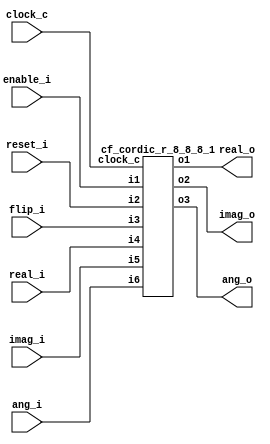
//
//  Copyright (c) 2003 Launchbird Design Systems, Inc.
//  All rights reserved.
//  
//  Redistribution and use in source and binary forms, with or without modification, are permitted provided that the following conditions are met:
//    Redistributions of source code must retain the above copyright notice, this list of conditions and the following disclaimer.
//    Redistributions in binary form must reproduce the above copyright notice, this list of conditions and the following disclaimer in the documentation and/or other materials provided with the distribution.
//  
//  THIS SOFTWARE IS PROVIDED BY THE COPYRIGHT HOLDERS AND CONTRIBUTORS "AS IS" AND ANY EXPRESS OR IMPLIED WARRANTIES,
//  INCLUDING, BUT NOT LIMITED TO, THE IMPLIED WARRANTIES OF MERCHANTABILITY AND FITNESS FOR A PARTICULAR PURPOSE ARE DISCLAIMED.
//  IN NO EVENT SHALL THE COPYRIGHT OWNER OR CONTRIBUTORS BE LIABLE FOR ANY DIRECT, INDIRECT, INCIDENTAL, SPECIAL, EXEMPLARY,
//  OR CONSEQUENTIAL DAMAGES (INCLUDING, BUT NOT LIMITED TO, PROCUREMENT OF SUBSTITUTE GOODS OR SERVICES; LOSS OF USE, DATA, OR PROFITS;
//  OR BUSINESS INTERRUPTION) HOWEVER CAUSED AND ON ANY THEORY OF LIABILITY, WHETHER IN CONTRACT, STRICT LIABILITY, OR TORT
//  (INCLUDING NEGLIGENCE OR OTHERWISE) ARISING IN ANY WAY OUT OF THE USE OF THIS SOFTWARE, EVEN IF ADVISED OF THE POSSIBILITY OF SUCH DAMAGE.
//  
//  
//  Overview:
//  
//    Cordics (COordinate Rotation DIgital Computers) are used to calculate
//    trigonometric functions and complex plane phase rotations.
//    This rotation mode cordic rotates a complex vector by the initial angle.
//    If the rotation will transition through +-PI/2 then the "flip_i" control
//    input must be set.
//  
//  Interface:
//  
//    Synchronization:
//      clock_c  : Clock input.
//      enable_i : Synchronous enable.
//      reset_i  : Synchronous reset.
//  
//    Inputs:
//      flip_i   : Set to perform initial rotation if rotation will transition through +-PI/2
//      real_i   : Initial real component (signed).
//      imag_i   : Initial imaginary component (signed).
//      angle_i  : Initial angle (modulo 2PI).
//  
//    Outputs:
//      real_o   : Resulting real component (signed).
//      imag_o   : Resulting imaginary component (signed).
//      angle_o  : Resulting angle (modulo 2PI).
//  
//  Built In Parameters:
//  
//    Cordic Mode    = Rotation
//    Vector Width   = 8
//    Angle Width    = 8
//    Cordic Stages  = 8
//  
//  Resulting Pipeline Latency is 10 clock cycles.
//  
//  
//  
//  Generated by Confluence 0.6.3  --  Launchbird Design Systems, Inc.  --  www.launchbird.com
//  
//  Build Date : Fri Aug 22 09:44:17 CDT 2003
//  
//  Interface
//  
//    Build Name    : cf_cordic_r_8_8_8
//    Clock Domains : clock_c  
//    Vector Input  : enable_i(1)
//    Vector Input  : reset_i(1)
//    Vector Input  : flip_i(1)
//    Vector Input  : real_i(8)
//    Vector Input  : imag_i(8)
//    Vector Input  : ang_i(8)
//    Vector Output : real_o(8)
//    Vector Output : imag_o(8)
//    Vector Output : ang_o(8)
//  
//  
//  

`timescale 1 ns / 1 ns

module cf_cordic_r_8_8_8 (clock_c, enable_i, reset_i, flip_i, real_i, imag_i, ang_i, real_o, imag_o, ang_o);
input  clock_c;
input  enable_i;
input  reset_i;
input  flip_i;
input  [7:0] real_i;
input  [7:0] imag_i;
input  [7:0] ang_i;
output [7:0] real_o;
output [7:0] imag_o;
output [7:0] ang_o;
wire   [7:0] n1;
wire   [7:0] n2;
wire   [7:0] n3;
cf_cordic_r_8_8_8_1 s1 (clock_c, enable_i, reset_i, flip_i, real_i, imag_i, ang_i, n1, n2, n3);
assign real_o = n1;
assign imag_o = n2;
assign ang_o = n3;
endmodule

module cf_cordic_r_8_8_8_1 (clock_c, i1, i2, i3, i4, i5, i6, o1, o2, o3);
input  clock_c;
input  i1;
input  i2;
input  i3;
input  [7:0] i4;
input  [7:0] i5;
input  [7:0] i6;
output [7:0] o1;
output [7:0] o2;
output [7:0] o3;
reg    n1;
reg    [7:0] n2;
reg    [7:0] n3;
reg    [7:0] n4;
wire   [7:0] s5_1;
wire   [7:0] s5_2;
wire   [7:0] s5_3;
wire   [7:0] s6_1;
wire   [7:0] s6_2;
wire   [7:0] s6_3;
initial n1 = 1'b0;
always @ (posedge clock_c)
  if (i2 == 1'b1)
    n1 <= 1'b0;
  else if (i1 == 1'b1)
    n1 <= i3;
initial n2 = 8'b00000000;
always @ (posedge clock_c)
  if (i2 == 1'b1)
    n2 <= 8'b00000000;
  else if (i1 == 1'b1)
    n2 <= i4;
initial n3 = 8'b00000000;
always @ (posedge clock_c)
  if (i2 == 1'b1)
    n3 <= 8'b00000000;
  else if (i1 == 1'b1)
    n3 <= i5;
initial n4 = 8'b00000000;
always @ (posedge clock_c)
  if (i2 == 1'b1)
    n4 <= 8'b00000000;
  else if (i1 == 1'b1)
    n4 <= i6;
cf_cordic_r_8_8_8_14 s5 (clock_c, i1, i2, n1, n2, n3, n4, s5_1, s5_2, s5_3);
cf_cordic_r_8_8_8_2 s6 (clock_c, i1, i2, s5_1, s5_2, s5_3, s6_1, s6_2, s6_3);
assign o3 = s6_3;
assign o2 = s6_2;
assign o1 = s6_1;
endmodule

module cf_cordic_r_8_8_8_2 (clock_c, i1, i2, i3, i4, i5, o1, o2, o3);
input  clock_c;
input  i1;
input  i2;
input  [7:0] i3;
input  [7:0] i4;
input  [7:0] i5;
output [7:0] o1;
output [7:0] o2;
output [7:0] o3;
wire   [7:0] s1_1;
wire   [7:0] s1_2;
wire   [7:0] s1_3;
wire   [7:0] s2_1;
wire   [7:0] s2_2;
wire   [7:0] s2_3;
wire   [7:0] s3_1;
wire   [7:0] s3_2;
wire   [7:0] s3_3;
wire   [7:0] s4_1;
wire   [7:0] s4_2;
wire   [7:0] s4_3;
wire   [7:0] s5_1;
wire   [7:0] s5_2;
wire   [7:0] s5_3;
wire   [7:0] s6_1;
wire   [7:0] s6_2;
wire   [7:0] s6_3;
wire   [7:0] s7_1;
wire   [7:0] s7_2;
wire   [7:0] s7_3;
wire   [7:0] s8_1;
wire   [7:0] s8_2;
wire   [7:0] s8_3;
cf_cordic_r_8_8_8_11 s1 (clock_c, i1, i2, s3_1, s3_2, s3_3, s1_1, s1_2, s1_3);
cf_cordic_r_8_8_8_9 s2 (clock_c, i1, i2, s1_1, s1_2, s1_3, s2_1, s2_2, s2_3);
cf_cordic_r_8_8_8_8 s3 (clock_c, i1, i2, s4_1, s4_2, s4_3, s3_1, s3_2, s3_3);
cf_cordic_r_8_8_8_7 s4 (clock_c, i1, i2, s5_1, s5_2, s5_3, s4_1, s4_2, s4_3);
cf_cordic_r_8_8_8_6 s5 (clock_c, i1, i2, s6_1, s6_2, s6_3, s5_1, s5_2, s5_3);
cf_cordic_r_8_8_8_5 s6 (clock_c, i1, i2, s7_1, s7_2, s7_3, s6_1, s6_2, s6_3);
cf_cordic_r_8_8_8_4 s7 (clock_c, i1, i2, s8_1, s8_2, s8_3, s7_1, s7_2, s7_3);
cf_cordic_r_8_8_8_3 s8 (clock_c, i1, i2, i3, i4, i5, s8_1, s8_2, s8_3);
assign o3 = s2_3;
assign o2 = s2_2;
assign o1 = s2_1;
endmodule

module cf_cordic_r_8_8_8_3 (clock_c, i1, i2, i3, i4, i5, o1, o2, o3);
input  clock_c;
input  i1;
input  i2;
input  [7:0] i3;
input  [7:0] i4;
input  [7:0] i5;
output [7:0] o1;
output [7:0] o2;
output [7:0] o3;
wire   [7:0] n1;
wire   [7:0] n2;
wire   [7:0] n3;
wire   [7:0] n4;
reg    [7:0] n5;
wire   n6;
wire   [7:0] n7;
wire   [7:0] n8;
wire   [7:0] n9;
wire   [7:0] n10;
reg    [7:0] n11;
wire   [7:0] n12;
wire   [7:0] n13;
wire   [7:0] n14;
wire   [7:0] n15;
reg    [7:0] n16;
wire   s17_1;
assign n1 = {i4[7],
  i4[6],
  i4[5],
  i4[4],
  i4[3],
  i4[2],
  i4[1],
  i4[0]};
assign n2 = i3 + n1;
assign n3 = i3 - n1;
assign n4 = s17_1 ? n2 : n3;
initial n5 = 8'b00000000;
always @ (posedge clock_c)
  if (i2 == 1'b1)
    n5 <= 8'b00000000;
  else if (i1 == 1'b1)
    n5 <= n4;
assign n6 = ~s17_1;
assign n7 = {i3[7],
  i3[6],
  i3[5],
  i3[4],
  i3[3],
  i3[2],
  i3[1],
  i3[0]};
assign n8 = i4 + n7;
assign n9 = i4 - n7;
assign n10 = n6 ? n8 : n9;
initial n11 = 8'b00000000;
always @ (posedge clock_c)
  if (i2 == 1'b1)
    n11 <= 8'b00000000;
  else if (i1 == 1'b1)
    n11 <= n10;
assign n12 = 8'b00100000;
assign n13 = i5 + n12;
assign n14 = i5 - n12;
assign n15 = s17_1 ? n13 : n14;
initial n16 = 8'b00000000;
always @ (posedge clock_c)
  if (i2 == 1'b1)
    n16 <= 8'b00000000;
  else if (i1 == 1'b1)
    n16 <= n15;
cf_cordic_r_8_8_8_12 s17 (i5, s17_1);
assign o3 = n16;
assign o2 = n11;
assign o1 = n5;
endmodule

module cf_cordic_r_8_8_8_4 (clock_c, i1, i2, i3, i4, i5, o1, o2, o3);
input  clock_c;
input  i1;
input  i2;
input  [7:0] i3;
input  [7:0] i4;
input  [7:0] i5;
output [7:0] o1;
output [7:0] o2;
output [7:0] o3;
wire   n1;
wire   [6:0] n2;
wire   [7:0] n3;
wire   [7:0] n4;
wire   [7:0] n5;
wire   [7:0] n6;
reg    [7:0] n7;
wire   n8;
wire   n9;
wire   [6:0] n10;
wire   [7:0] n11;
wire   [7:0] n12;
wire   [7:0] n13;
wire   [7:0] n14;
reg    [7:0] n15;
wire   [7:0] n16;
wire   [7:0] n17;
wire   [7:0] n18;
wire   [7:0] n19;
reg    [7:0] n20;
wire   s21_1;
assign n1 = i4[7];
assign n2 = {i4[7],
  i4[6],
  i4[5],
  i4[4],
  i4[3],
  i4[2],
  i4[1]};
assign n3 = {n1, n2};
assign n4 = i3 + n3;
assign n5 = i3 - n3;
assign n6 = s21_1 ? n4 : n5;
initial n7 = 8'b00000000;
always @ (posedge clock_c)
  if (i2 == 1'b1)
    n7 <= 8'b00000000;
  else if (i1 == 1'b1)
    n7 <= n6;
assign n8 = ~s21_1;
assign n9 = i3[7];
assign n10 = {i3[7],
  i3[6],
  i3[5],
  i3[4],
  i3[3],
  i3[2],
  i3[1]};
assign n11 = {n9, n10};
assign n12 = i4 + n11;
assign n13 = i4 - n11;
assign n14 = n8 ? n12 : n13;
initial n15 = 8'b00000000;
always @ (posedge clock_c)
  if (i2 == 1'b1)
    n15 <= 8'b00000000;
  else if (i1 == 1'b1)
    n15 <= n14;
assign n16 = 8'b00010011;
assign n17 = i5 + n16;
assign n18 = i5 - n16;
assign n19 = s21_1 ? n17 : n18;
initial n20 = 8'b00000000;
always @ (posedge clock_c)
  if (i2 == 1'b1)
    n20 <= 8'b00000000;
  else if (i1 == 1'b1)
    n20 <= n19;
cf_cordic_r_8_8_8_12 s21 (i5, s21_1);
assign o3 = n20;
assign o2 = n15;
assign o1 = n7;
endmodule

module cf_cordic_r_8_8_8_5 (clock_c, i1, i2, i3, i4, i5, o1, o2, o3);
input  clock_c;
input  i1;
input  i2;
input  [7:0] i3;
input  [7:0] i4;
input  [7:0] i5;
output [7:0] o1;
output [7:0] o2;
output [7:0] o3;
wire   n1;
wire   [1:0] n2;
wire   [5:0] n3;
wire   [7:0] n4;
wire   [7:0] n5;
wire   [7:0] n6;
wire   [7:0] n7;
reg    [7:0] n8;
wire   n9;
wire   n10;
wire   [1:0] n11;
wire   [5:0] n12;
wire   [7:0] n13;
wire   [7:0] n14;
wire   [7:0] n15;
wire   [7:0] n16;
reg    [7:0] n17;
wire   [7:0] n18;
wire   [7:0] n19;
wire   [7:0] n20;
wire   [7:0] n21;
reg    [7:0] n22;
wire   s23_1;
assign n1 = i4[7];
assign n2 = {n1, n1};
assign n3 = {i4[7],
  i4[6],
  i4[5],
  i4[4],
  i4[3],
  i4[2]};
assign n4 = {n2, n3};
assign n5 = i3 + n4;
assign n6 = i3 - n4;
assign n7 = s23_1 ? n5 : n6;
initial n8 = 8'b00000000;
always @ (posedge clock_c)
  if (i2 == 1'b1)
    n8 <= 8'b00000000;
  else if (i1 == 1'b1)
    n8 <= n7;
assign n9 = ~s23_1;
assign n10 = i3[7];
assign n11 = {n10, n10};
assign n12 = {i3[7],
  i3[6],
  i3[5],
  i3[4],
  i3[3],
  i3[2]};
assign n13 = {n11, n12};
assign n14 = i4 + n13;
assign n15 = i4 - n13;
assign n16 = n9 ? n14 : n15;
initial n17 = 8'b00000000;
always @ (posedge clock_c)
  if (i2 == 1'b1)
    n17 <= 8'b00000000;
  else if (i1 == 1'b1)
    n17 <= n16;
assign n18 = 8'b00001010;
assign n19 = i5 + n18;
assign n20 = i5 - n18;
assign n21 = s23_1 ? n19 : n20;
initial n22 = 8'b00000000;
always @ (posedge clock_c)
  if (i2 == 1'b1)
    n22 <= 8'b00000000;
  else if (i1 == 1'b1)
    n22 <= n21;
cf_cordic_r_8_8_8_12 s23 (i5, s23_1);
assign o3 = n22;
assign o2 = n17;
assign o1 = n8;
endmodule

module cf_cordic_r_8_8_8_6 (clock_c, i1, i2, i3, i4, i5, o1, o2, o3);
input  clock_c;
input  i1;
input  i2;
input  [7:0] i3;
input  [7:0] i4;
input  [7:0] i5;
output [7:0] o1;
output [7:0] o2;
output [7:0] o3;
wire   n1;
wire   [1:0] n2;
wire   [2:0] n3;
wire   [4:0] n4;
wire   [7:0] n5;
wire   [7:0] n6;
wire   [7:0] n7;
wire   [7:0] n8;
reg    [7:0] n9;
wire   n10;
wire   n11;
wire   [1:0] n12;
wire   [2:0] n13;
wire   [4:0] n14;
wire   [7:0] n15;
wire   [7:0] n16;
wire   [7:0] n17;
wire   [7:0] n18;
reg    [7:0] n19;
wire   [7:0] n20;
wire   [7:0] n21;
wire   [7:0] n22;
wire   [7:0] n23;
reg    [7:0] n24;
wire   s25_1;
assign n1 = i4[7];
assign n2 = {n1, n1};
assign n3 = {n1, n2};
assign n4 = {i4[7],
  i4[6],
  i4[5],
  i4[4],
  i4[3]};
assign n5 = {n3, n4};
assign n6 = i3 + n5;
assign n7 = i3 - n5;
assign n8 = s25_1 ? n6 : n7;
initial n9 = 8'b00000000;
always @ (posedge clock_c)
  if (i2 == 1'b1)
    n9 <= 8'b00000000;
  else if (i1 == 1'b1)
    n9 <= n8;
assign n10 = ~s25_1;
assign n11 = i3[7];
assign n12 = {n11, n11};
assign n13 = {n11, n12};
assign n14 = {i3[7],
  i3[6],
  i3[5],
  i3[4],
  i3[3]};
assign n15 = {n13, n14};
assign n16 = i4 + n15;
assign n17 = i4 - n15;
assign n18 = n10 ? n16 : n17;
initial n19 = 8'b00000000;
always @ (posedge clock_c)
  if (i2 == 1'b1)
    n19 <= 8'b00000000;
  else if (i1 == 1'b1)
    n19 <= n18;
assign n20 = 8'b00000101;
assign n21 = i5 + n20;
assign n22 = i5 - n20;
assign n23 = s25_1 ? n21 : n22;
initial n24 = 8'b00000000;
always @ (posedge clock_c)
  if (i2 == 1'b1)
    n24 <= 8'b00000000;
  else if (i1 == 1'b1)
    n24 <= n23;
cf_cordic_r_8_8_8_12 s25 (i5, s25_1);
assign o3 = n24;
assign o2 = n19;
assign o1 = n9;
endmodule

module cf_cordic_r_8_8_8_7 (clock_c, i1, i2, i3, i4, i5, o1, o2, o3);
input  clock_c;
input  i1;
input  i2;
input  [7:0] i3;
input  [7:0] i4;
input  [7:0] i5;
output [7:0] o1;
output [7:0] o2;
output [7:0] o3;
wire   n1;
wire   [1:0] n2;
wire   [2:0] n3;
wire   [3:0] n4;
wire   [3:0] n5;
wire   [7:0] n6;
wire   [7:0] n7;
wire   [7:0] n8;
wire   [7:0] n9;
reg    [7:0] n10;
wire   n11;
wire   n12;
wire   [1:0] n13;
wire   [2:0] n14;
wire   [3:0] n15;
wire   [3:0] n16;
wire   [7:0] n17;
wire   [7:0] n18;
wire   [7:0] n19;
wire   [7:0] n20;
reg    [7:0] n21;
wire   [7:0] n22;
wire   [7:0] n23;
wire   [7:0] n24;
wire   [7:0] n25;
reg    [7:0] n26;
wire   s27_1;
assign n1 = i4[7];
assign n2 = {n1, n1};
assign n3 = {n1, n2};
assign n4 = {n1, n3};
assign n5 = {i4[7],
  i4[6],
  i4[5],
  i4[4]};
assign n6 = {n4, n5};
assign n7 = i3 + n6;
assign n8 = i3 - n6;
assign n9 = s27_1 ? n7 : n8;
initial n10 = 8'b00000000;
always @ (posedge clock_c)
  if (i2 == 1'b1)
    n10 <= 8'b00000000;
  else if (i1 == 1'b1)
    n10 <= n9;
assign n11 = ~s27_1;
assign n12 = i3[7];
assign n13 = {n12, n12};
assign n14 = {n12, n13};
assign n15 = {n12, n14};
assign n16 = {i3[7],
  i3[6],
  i3[5],
  i3[4]};
assign n17 = {n15, n16};
assign n18 = i4 + n17;
assign n19 = i4 - n17;
assign n20 = n11 ? n18 : n19;
initial n21 = 8'b00000000;
always @ (posedge clock_c)
  if (i2 == 1'b1)
    n21 <= 8'b00000000;
  else if (i1 == 1'b1)
    n21 <= n20;
assign n22 = 8'b00000011;
assign n23 = i5 + n22;
assign n24 = i5 - n22;
assign n25 = s27_1 ? n23 : n24;
initial n26 = 8'b00000000;
always @ (posedge clock_c)
  if (i2 == 1'b1)
    n26 <= 8'b00000000;
  else if (i1 == 1'b1)
    n26 <= n25;
cf_cordic_r_8_8_8_12 s27 (i5, s27_1);
assign o3 = n26;
assign o2 = n21;
assign o1 = n10;
endmodule

module cf_cordic_r_8_8_8_8 (clock_c, i1, i2, i3, i4, i5, o1, o2, o3);
input  clock_c;
input  i1;
input  i2;
input  [7:0] i3;
input  [7:0] i4;
input  [7:0] i5;
output [7:0] o1;
output [7:0] o2;
output [7:0] o3;
wire   n1;
wire   [1:0] n2;
wire   [2:0] n3;
wire   [3:0] n4;
wire   [4:0] n5;
wire   [2:0] n6;
wire   [7:0] n7;
wire   [7:0] n8;
wire   [7:0] n9;
wire   [7:0] n10;
reg    [7:0] n11;
wire   n12;
wire   n13;
wire   [1:0] n14;
wire   [2:0] n15;
wire   [3:0] n16;
wire   [4:0] n17;
wire   [2:0] n18;
wire   [7:0] n19;
wire   [7:0] n20;
wire   [7:0] n21;
wire   [7:0] n22;
reg    [7:0] n23;
wire   [7:0] n24;
wire   [7:0] n25;
wire   [7:0] n26;
wire   [7:0] n27;
reg    [7:0] n28;
wire   s29_1;
assign n1 = i4[7];
assign n2 = {n1, n1};
assign n3 = {n1, n2};
assign n4 = {n1, n3};
assign n5 = {n1, n4};
assign n6 = {i4[7],
  i4[6],
  i4[5]};
assign n7 = {n5, n6};
assign n8 = i3 + n7;
assign n9 = i3 - n7;
assign n10 = s29_1 ? n8 : n9;
initial n11 = 8'b00000000;
always @ (posedge clock_c)
  if (i2 == 1'b1)
    n11 <= 8'b00000000;
  else if (i1 == 1'b1)
    n11 <= n10;
assign n12 = ~s29_1;
assign n13 = i3[7];
assign n14 = {n13, n13};
assign n15 = {n13, n14};
assign n16 = {n13, n15};
assign n17 = {n13, n16};
assign n18 = {i3[7],
  i3[6],
  i3[5]};
assign n19 = {n17, n18};
assign n20 = i4 + n19;
assign n21 = i4 - n19;
assign n22 = n12 ? n20 : n21;
initial n23 = 8'b00000000;
always @ (posedge clock_c)
  if (i2 == 1'b1)
    n23 <= 8'b00000000;
  else if (i1 == 1'b1)
    n23 <= n22;
assign n24 = 8'b00000001;
assign n25 = i5 + n24;
assign n26 = i5 - n24;
assign n27 = s29_1 ? n25 : n26;
initial n28 = 8'b00000000;
always @ (posedge clock_c)
  if (i2 == 1'b1)
    n28 <= 8'b00000000;
  else if (i1 == 1'b1)
    n28 <= n27;
cf_cordic_r_8_8_8_12 s29 (i5, s29_1);
assign o3 = n28;
assign o2 = n23;
assign o1 = n11;
endmodule

module cf_cordic_r_8_8_8_9 (clock_c, i1, i2, i3, i4, i5, o1, o2, o3);
input  clock_c;
input  i1;
input  i2;
input  [7:0] i3;
input  [7:0] i4;
input  [7:0] i5;
output [7:0] o1;
output [7:0] o2;
output [7:0] o3;
wire   [7:0] n1;
wire   [7:0] n2;
wire   [7:0] n3;
reg    [7:0] n4;
wire   n5;
wire   [7:0] n6;
wire   [7:0] n7;
wire   [7:0] n8;
reg    [7:0] n9;
wire   [7:0] n10;
wire   [7:0] n11;
wire   [7:0] n12;
wire   [7:0] n13;
reg    [7:0] n14;
wire   s15_1;
wire   [7:0] s16_1;
wire   [7:0] s17_1;
assign n1 = i3 + s17_1;
assign n2 = i3 - s17_1;
assign n3 = s15_1 ? n1 : n2;
initial n4 = 8'b00000000;
always @ (posedge clock_c)
  if (i2 == 1'b1)
    n4 <= 8'b00000000;
  else if (i1 == 1'b1)
    n4 <= n3;
assign n5 = ~s15_1;
assign n6 = i4 + s16_1;
assign n7 = i4 - s16_1;
assign n8 = n5 ? n6 : n7;
initial n9 = 8'b00000000;
always @ (posedge clock_c)
  if (i2 == 1'b1)
    n9 <= 8'b00000000;
  else if (i1 == 1'b1)
    n9 <= n8;
assign n10 = 8'b00000000;
assign n11 = i5 + n10;
assign n12 = i5 - n10;
assign n13 = s15_1 ? n11 : n12;
initial n14 = 8'b00000000;
always @ (posedge clock_c)
  if (i2 == 1'b1)
    n14 <= 8'b00000000;
  else if (i1 == 1'b1)
    n14 <= n13;
cf_cordic_r_8_8_8_12 s15 (i5, s15_1);
cf_cordic_r_8_8_8_10 s16 (i3, s16_1);
cf_cordic_r_8_8_8_10 s17 (i4, s17_1);
assign o3 = n14;
assign o2 = n9;
assign o1 = n4;
endmodule

module cf_cordic_r_8_8_8_10 (i1, o1);
input  [7:0] i1;
output [7:0] o1;
wire   n1;
wire   [1:0] n2;
wire   [2:0] n3;
wire   [3:0] n4;
wire   [4:0] n5;
wire   [5:0] n6;
wire   [6:0] n7;
wire   n8;
wire   [7:0] n9;
assign n1 = i1[7];
assign n2 = {n1, n1};
assign n3 = {n1, n2};
assign n4 = {n1, n3};
assign n5 = {n1, n4};
assign n6 = {n1, n5};
assign n7 = {n1, n6};
assign n8 = i1[7];
assign n9 = {n7, n8};
assign o1 = n9;
endmodule

module cf_cordic_r_8_8_8_11 (clock_c, i1, i2, i3, i4, i5, o1, o2, o3);
input  clock_c;
input  i1;
input  i2;
input  [7:0] i3;
input  [7:0] i4;
input  [7:0] i5;
output [7:0] o1;
output [7:0] o2;
output [7:0] o3;
wire   [7:0] n1;
wire   [7:0] n2;
wire   [7:0] n3;
reg    [7:0] n4;
wire   n5;
wire   [7:0] n6;
wire   [7:0] n7;
wire   [7:0] n8;
reg    [7:0] n9;
wire   [7:0] n10;
wire   [7:0] n11;
wire   [7:0] n12;
wire   [7:0] n13;
reg    [7:0] n14;
wire   [7:0] s15_1;
wire   [7:0] s16_1;
wire   s17_1;
assign n1 = i3 + s16_1;
assign n2 = i3 - s16_1;
assign n3 = s17_1 ? n1 : n2;
initial n4 = 8'b00000000;
always @ (posedge clock_c)
  if (i2 == 1'b1)
    n4 <= 8'b00000000;
  else if (i1 == 1'b1)
    n4 <= n3;
assign n5 = ~s17_1;
assign n6 = i4 + s15_1;
assign n7 = i4 - s15_1;
assign n8 = n5 ? n6 : n7;
initial n9 = 8'b00000000;
always @ (posedge clock_c)
  if (i2 == 1'b1)
    n9 <= 8'b00000000;
  else if (i1 == 1'b1)
    n9 <= n8;
assign n10 = 8'b00000001;
assign n11 = i5 + n10;
assign n12 = i5 - n10;
assign n13 = s17_1 ? n11 : n12;
initial n14 = 8'b00000000;
always @ (posedge clock_c)
  if (i2 == 1'b1)
    n14 <= 8'b00000000;
  else if (i1 == 1'b1)
    n14 <= n13;
cf_cordic_r_8_8_8_13 s15 (i3, s15_1);
cf_cordic_r_8_8_8_13 s16 (i4, s16_1);
cf_cordic_r_8_8_8_12 s17 (i5, s17_1);
assign o3 = n14;
assign o2 = n9;
assign o1 = n4;
endmodule

module cf_cordic_r_8_8_8_12 (i1, o1);
input  [7:0] i1;
output o1;
wire   n1;
wire   n2;
wire   [6:0] n3;
wire   [7:0] n4;
wire   n5;
wire   [8:0] n6;
wire   [8:0] n7;
wire   n8;
wire   [8:0] n9;
assign n1 = i1[7];
assign n2 = ~n1;
assign n3 = {i1[6],
  i1[5],
  i1[4],
  i1[3],
  i1[2],
  i1[1],
  i1[0]};
assign n4 = {n2, n3};
assign n5 = 1'b0;
assign n6 = {n5, n4};
assign n7 = n6 - n9;
assign n8 = n7[8];
assign n9 = 9'b010000000;
assign o1 = n8;
endmodule

module cf_cordic_r_8_8_8_13 (i1, o1);
input  [7:0] i1;
output [7:0] o1;
wire   n1;
wire   [1:0] n2;
wire   [2:0] n3;
wire   [3:0] n4;
wire   [4:0] n5;
wire   [5:0] n6;
wire   [1:0] n7;
wire   [7:0] n8;
assign n1 = i1[7];
assign n2 = {n1, n1};
assign n3 = {n1, n2};
assign n4 = {n1, n3};
assign n5 = {n1, n4};
assign n6 = {n1, n5};
assign n7 = {i1[7],
  i1[6]};
assign n8 = {n6, n7};
assign o1 = n8;
endmodule

module cf_cordic_r_8_8_8_14 (clock_c, i1, i2, i3, i4, i5, i6, o1, o2, o3);
input  clock_c;
input  i1;
input  i2;
input  i3;
input  [7:0] i4;
input  [7:0] i5;
input  [7:0] i6;
output [7:0] o1;
output [7:0] o2;
output [7:0] o3;
wire   [7:0] n1;
wire   [7:0] n2;
wire   [7:0] n3;
wire   [7:0] n4;
wire   [7:0] n5;
wire   [7:0] n6;
reg    [7:0] n7;
wire   [7:0] n8;
reg    [7:0] n9;
wire   [7:0] n10;
reg    [7:0] n11;
wire   [7:0] n12;
assign n1 = 8'b00000000;
assign n2 = n1 - i4;
assign n3 = 8'b00000000;
assign n4 = n3 - i5;
assign n5 = i6 - n12;
assign n6 = i3 ? n2 : i4;
initial n7 = 8'b00000000;
always @ (posedge clock_c)
  if (i2 == 1'b1)
    n7 <= 8'b00000000;
  else if (i1 == 1'b1)
    n7 <= n6;
assign n8 = i3 ? n4 : i5;
initial n9 = 8'b00000000;
always @ (posedge clock_c)
  if (i2 == 1'b1)
    n9 <= 8'b00000000;
  else if (i1 == 1'b1)
    n9 <= n8;
assign n10 = i3 ? n5 : i6;
initial n11 = 8'b00000000;
always @ (posedge clock_c)
  if (i2 == 1'b1)
    n11 <= 8'b00000000;
  else if (i1 == 1'b1)
    n11 <= n10;
assign n12 = 8'b10000000;
assign o3 = n11;
assign o2 = n9;
assign o1 = n7;
endmodule